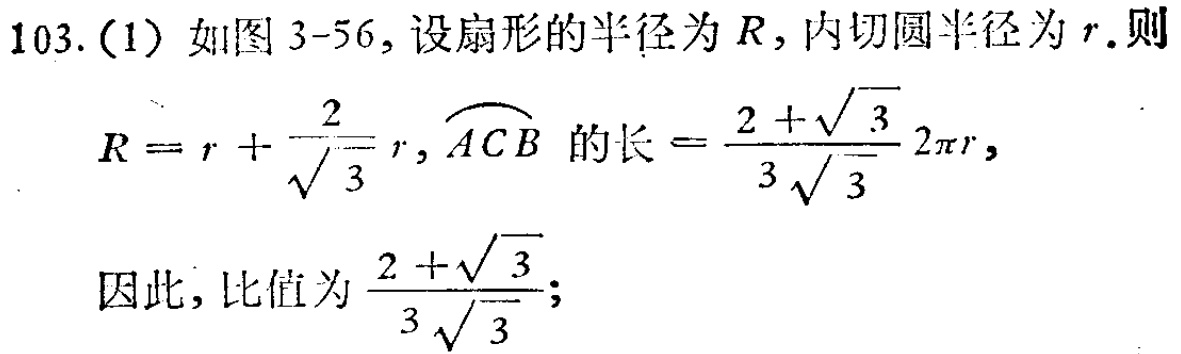
103. (1) 如图 3-56, 设扇形的半径为 \(R\), 内切圆半径为 \(r\). 则
\[
R = r+\frac{2}{\sqrt{3}}r,\overset{\frown}{ACB}\text{ 的长}=\frac{2 + \sqrt{3}}{3\sqrt{3}}2\pi r,
\]
因此, 比值为 \(\frac{2+\sqrt{3}}{3\sqrt{3}}\);